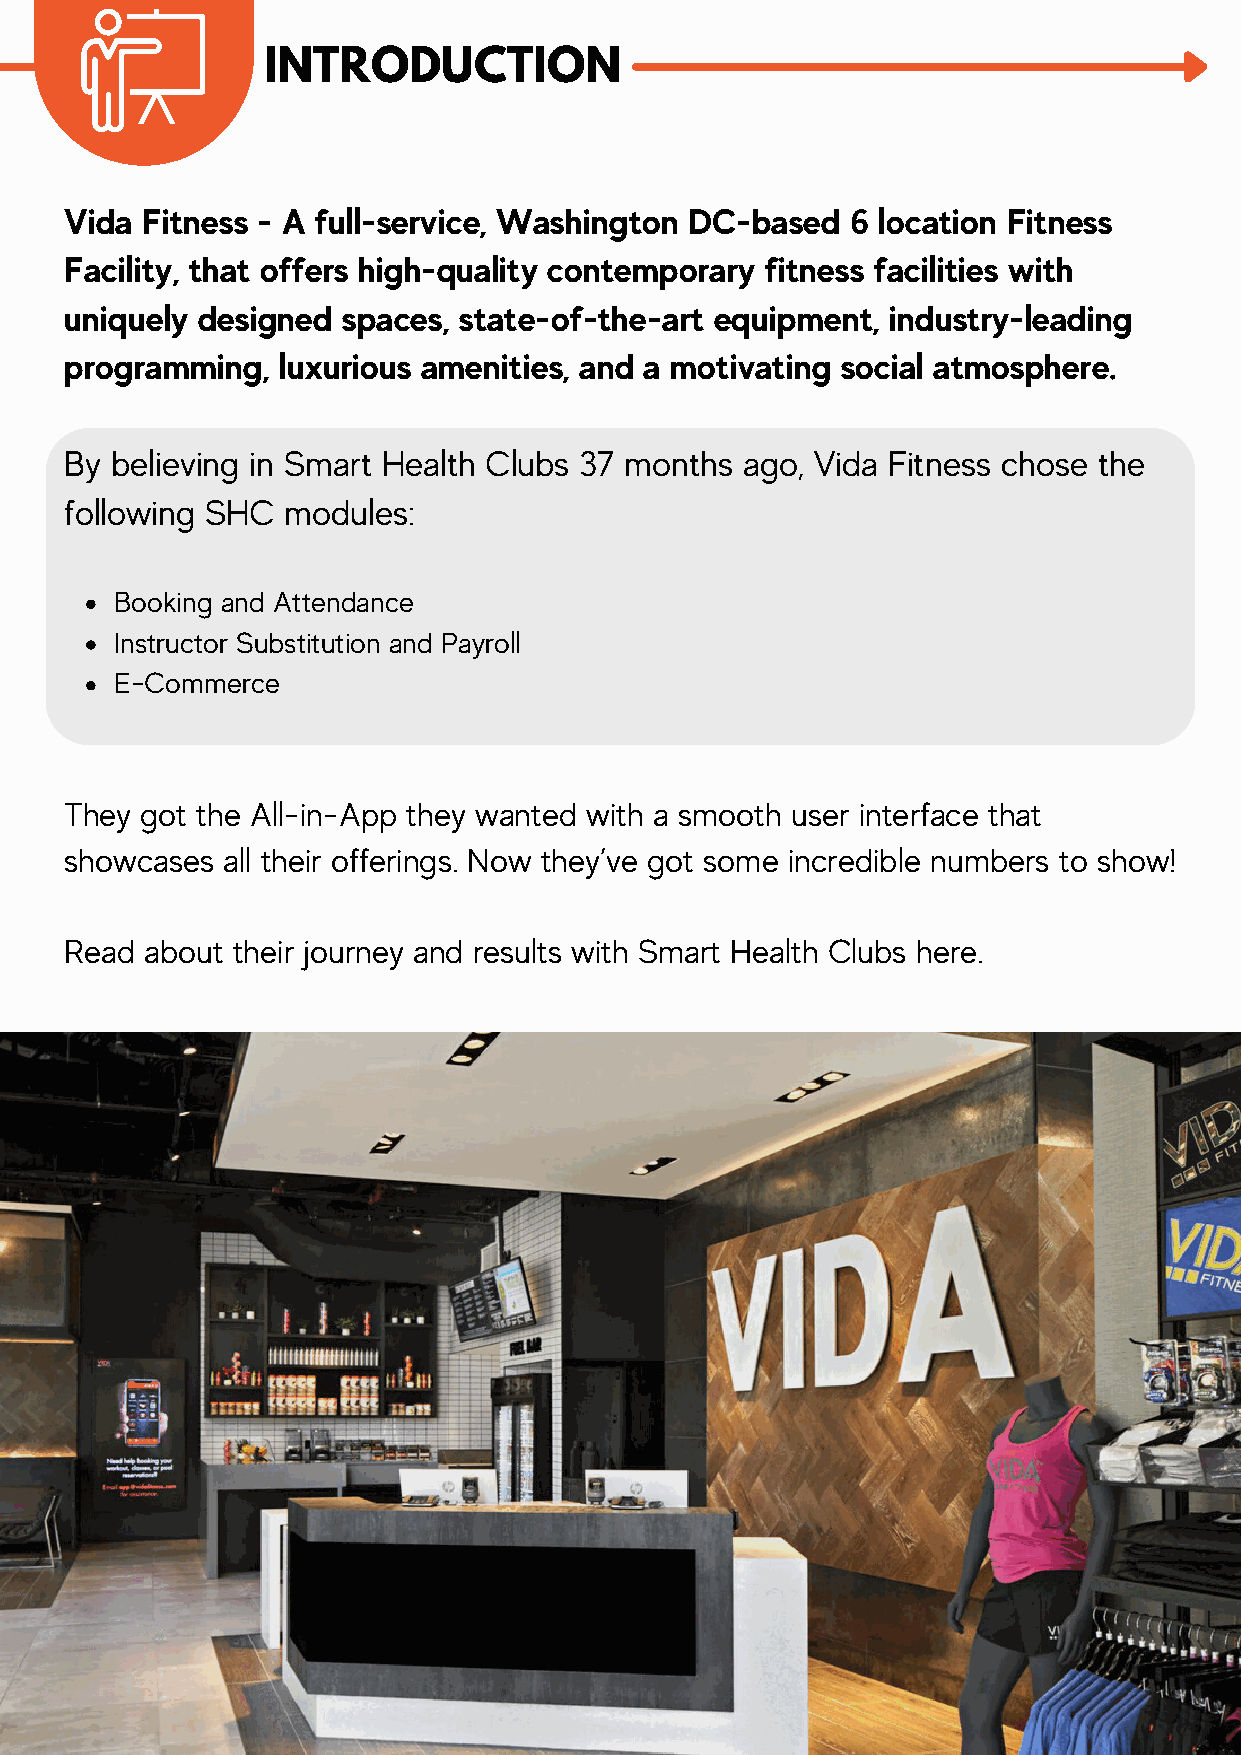
INTRODUCTION
 Vida Fitness - A full-service, Washington DC-based  6 location Fitness
 Facility, that offers high-quality contemporary fitness facilities with
 uniquely designed  spaces, state-of-the-art equipment, industry-leading
 programming,  luxurious amenities, and a motivating social atmosphere.
 By believing in Smart Health Clubs 37 months ago, Vida Fitness chose the
 following SHC  modules:
 Booking and Attendance
 Instructor Substitution and Payroll
 E-Commerce
 They got the All-in-App they wanted with a smooth user interface that
 showcases  all their offerings. Now they’ve got some incredible numbers to show!
 Read  about their journey and results with Smart Health Clubs here.